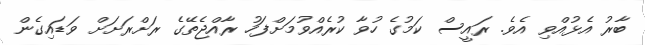
ބާރު އެޅުއްވި އެވެ. ރައީސް ކަމުގެ ހުވާ ކުރެއްވުމަށްފަހު ރާއްޖެތޭގެ ރަށްރަށަށް ވަޑައިގެން